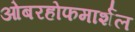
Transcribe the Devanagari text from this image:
ओबरहोफमार्शल